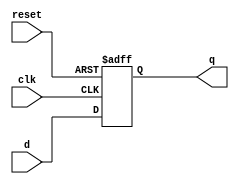
module DFF1(
  input clk,
  input reset,
  input d,
  output reg q
);

always@(posedge clk or negedge reset)
  if(!reset)
    q <= 0; // 0
  else
    q <= d;

endmodule